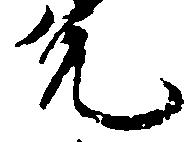
允